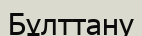
Бұлттану